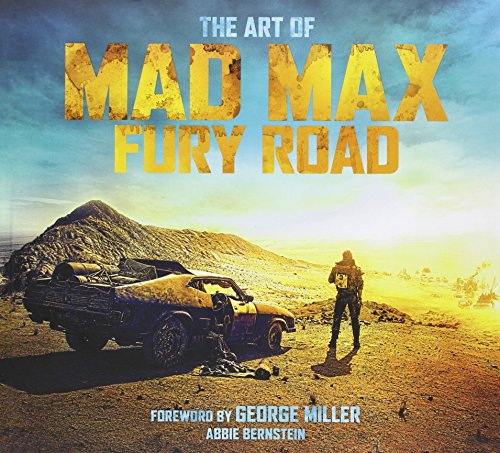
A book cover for The Art of Mad Max: Fury Road; Abbie Bernstein; Humor & Entertainment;